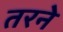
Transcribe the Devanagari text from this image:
तरने